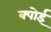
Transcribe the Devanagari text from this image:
क्पोई